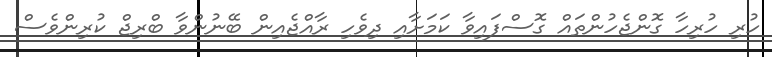
ހުރި ހުރިހާ ގޮންޖެހުންތައް ގޮސްފައިވާ ކަމަށާއި ދިވެހި ރާއްޖެއިން ބޭނުންވާ ބްރިޖް ކުރިންވެސް